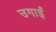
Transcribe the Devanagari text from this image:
उगाईं